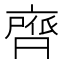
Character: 𮮺